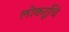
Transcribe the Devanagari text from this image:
लोकरूचि